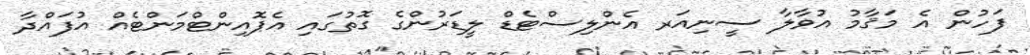
ފަހުން އެ މަޤާމު އުވާލާ ސީނިއަރ އެންލިސްޓެޑް ލީޑަރުންގެ ގޮތުގައި އެޕޮއިންޓްމަންޓެއް އުފައްދާ